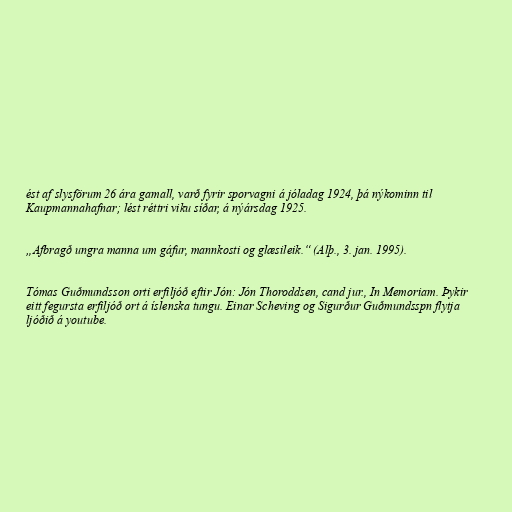
ést af slysförum 26 ára gamall, varð fyrir sporvagni á jóladag 1924, þá nýkominn til
Kaupmannahafnar; lést réttri viku síðar, á nýársdag 1925.

„Afbragð ungra manna um gáfur, mannkosti og glæsileik.“ (Alþ., 3. jan. 1995).

Tómas Guðmundsson orti erfiljóð eftir Jón: Jón Thoroddsen, cand jur., In Memoriam. Þykir
eitt fegursta erfiljóð ort á íslenska tungu. Einar Scheving og Sigurður Guðmundsspn flytja
ljóðið á youtube.